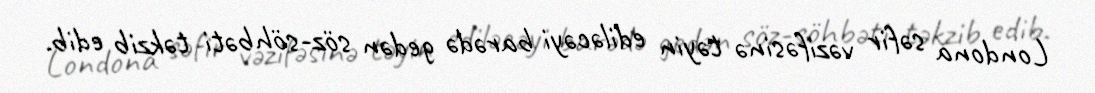
Londona səfir vəzifəsinə təyin ediləcəyi barədə gedən söz-söhbəti təkzib edib.